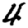
Digit: 4